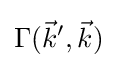
\Gamma ({\vec {k}}',{\vec {k}})